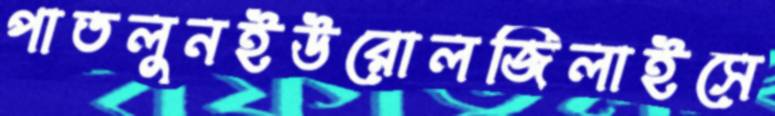
পাতলুনইউরোলজিলাইসে